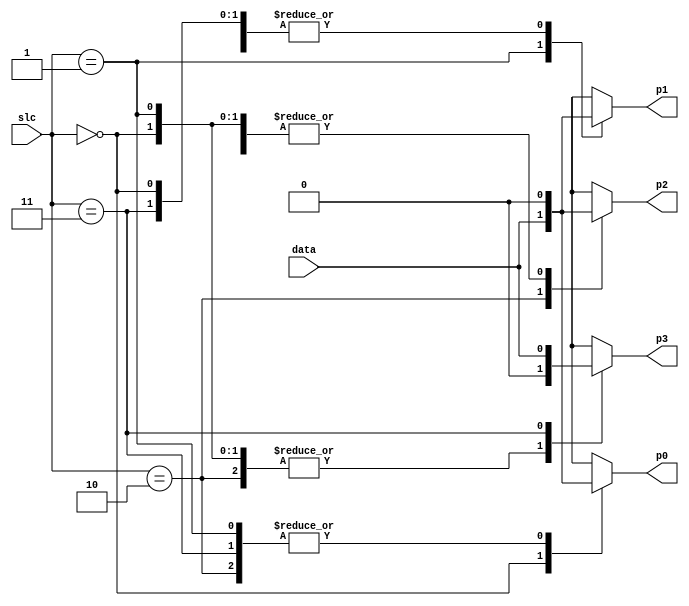
module DMUX(input [1:0] slc, input data, output reg p0, p1, p2, p3);
	always @(slc, data)begin
		{p0,p1,p2,p3} = 4'b0000;
		case(slc)
		2'b00: p0 = data;
		2'b01: p1 = data;
		2'b10: p2 = data;
		2'b11: p3 = data;
		endcase
	end
endmodule